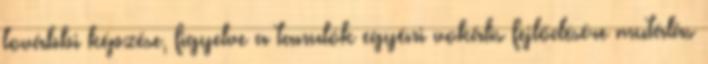
további képzése, figyelve a tanulók egyéni vokális fejlődésére mutálás